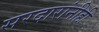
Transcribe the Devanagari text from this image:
सरदारांनीही